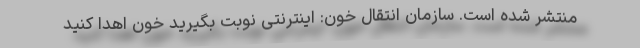
منتشر شده است. سازمان انتقال خون: اینترنتی نوبت بگیرید خون اهدا کنید